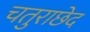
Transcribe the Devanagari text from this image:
चतुराछेद